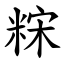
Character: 䊉